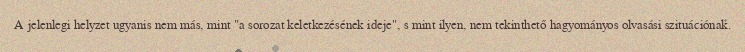
A jelenlegi helyzet ugyanis nem más, mint "a sorozat keletkezésének ideje", s mint ilyen, nem tekinthető hagyományos olvasási szituációnak.